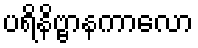
ပရိနိဗ္ဗာနကာလော